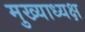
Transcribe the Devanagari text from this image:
मुख्याध्यक्ष